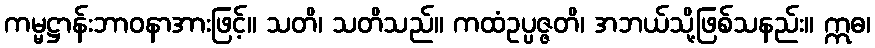
ကမ္မဋ္ဌာန်းဘာဝနာအားဖြင့်။ သတိ၊ သတိသည်။ ကထံဥပ္ပဇ္ဇတိ၊ အဘယ်သို့ဖြစ်သနည်း။ ဣဓ၊